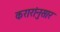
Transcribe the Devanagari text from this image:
करारांनुसार